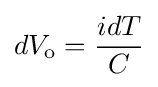
dV_{\text{o}}={\frac {idT}{C}}